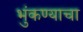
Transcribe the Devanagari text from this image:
भुंकण्याचा